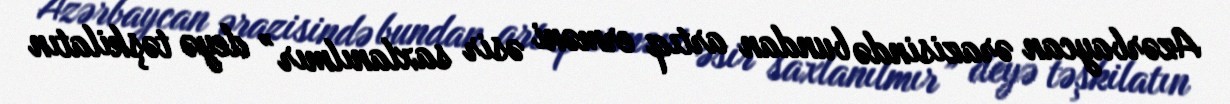
Azərbaycan ərazisində bundan artıq erməni əsir saxlanılmır” deyə təşkilatın